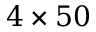
4 \times 5 0